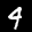
Label: 9